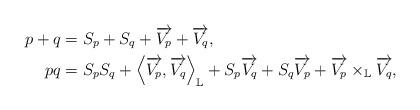
LaTeX: \begin{align*}p+q & =S_{p}+S_{q}+\overrightarrow{V_{p}}+\overrightarrow{V_{q}},\\pq & =S_{p}S_{q}+\left\langle \overrightarrow{V_{p}},\overrightarrow{V_{q}}\right\rangle _{\mathbb{L}}+S_{p}\overrightarrow{V_{q}}+S_{q}\overrightarrow{V_{p}}+\overrightarrow{V_{p}}\times_{\mathbb{L}}\overrightarrow{V_{q}},\end{align*}